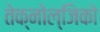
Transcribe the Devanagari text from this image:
तेक्नोल्जिको